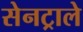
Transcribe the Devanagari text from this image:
सेनट्राले